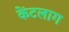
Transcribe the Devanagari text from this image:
केंटलाग